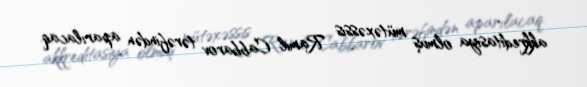
akkreditasiya olmuş mütəxəssis Ramil Cabbarov tərəfindən aparılacaq.